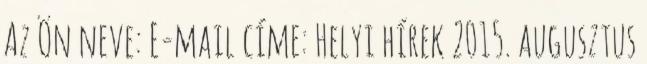
Az Ön neve: E-mail címe: Helyi hírek 2015. augusztus